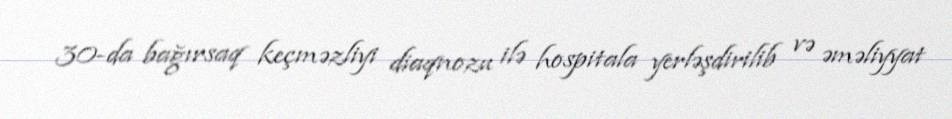
30-da bağırsaq keçməzliyi diaqnozu ilə hospitala yerləşdirilib və əməliyyat